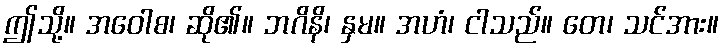
ဤသို့။ အဝေါစ၊ ဆို၏။ ဘဂိနိ၊ နှမ။ အဟံ၊ ငါသည်။ တေ၊ သင်အား။